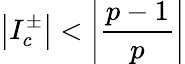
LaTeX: \left|I_{c}^{\pm}\right|<\left|\displaystyle\frac{p-1}{p}\right|